Standards of the constituents of the urine and blood and the bearing of the metabolism of Bengalis on the problems of nutrition - Number 34
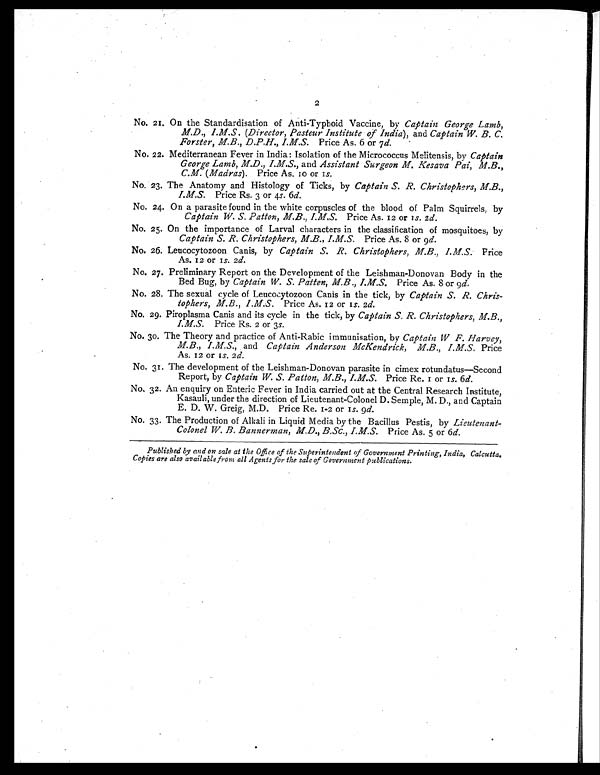
2
No. 21. On the Standardisation of Anti-Typhoid Vaccine, by Captain George Lamb,
M.D., I.M.S. (Director, Pasteur Institute of India), and Captain W. B. C.
Forster, M.B., D.P.H., I.M.S. Price As. 6 or 7 d.
No. 22. Mediterranean Fever in India: Isolation of the Micrococcus Melitensis, by Captain
George Lamb, M.D., I.M.S., and Assistant Surgeon M. Kesava Pai, M.B.,
C.M. (Madras). Price As. 10 or 1s.
No. 23. The Anatomy and Histology of Ticks, by Captain S. R. Christophers, M.B.,
I.M.S. Price Rs. 3 or 4s. 6 d.
No. 24. On a parasite found in the white corpuscles of the blood of Palm Squirrels, by
Captain W. S. Patton, M.B., I.M,S. Price As. 12 or 1s. 2 d.
No. 25. On the importance of Larval characters in the classification of mosquitoes, by
Captain S. R. Christophers, I.M.S. Price As. 8 or 9 d.
No. 26. Leucocytozoon Canis, by Captain S. R. Christophers, M.B., I.M.S. Price
As. 12 or 1s. 2 d.
No. 27. Preliminary Report on the Development of the Leishman-Donovan Body in the
Bed Bug, by Captain W. S. Patten, M.B., I.M.S. Price As. 8 or 9 d.
No. 28. The sexual cycle of Leucocytozoon Canis in the tick, by Captain S. R. Chris-
tophers, M.B., I.M.S. Price As. 12 or 1s. 2 d.
No. 29. Piroplasma Canis and its cycle in the tick, by Captain S. R. Christophers, M.B.,
I.M.S. Price Rs. 2 or 3 s.
No. 30. The Theory and practice of Anti-Rabic immunisation, by Captain W F. Harvey,
M.B., I.M.S., and Captain Anderson McKendrick, M.B,, I.M.S. Price
As. 12 or 1s. 2 d.
No. 31. The development of the Leishman-Donovan parasite in cimex rotundatus—Second
Report, by Captain W. S. Patton, M.B., I.M.S. Price Re, 1 or 1s. 6d.
No. 32. An enquiry on Enteric Fever in India carried out at the Central Research Institute,
Kasauli, under the direction of Lieutenant-Colonel D. Semple, M. D., and Captain
E. D. W. Greig, M.D. Price Re. 1-2 or 1s. 9 d.
No. 33. The Production of Alkali in Liquid Media by the Bacillus Pestis, by Lieutenant-
Colonel W. B. Bannerman, M.D., B.Sc., I.M.S. Price As. 5 or 6 d.
Published by and on sale at the Office of the Superintendent of Government Printing, India, Calcutta,
Copies are also available from all Agents for the sale of Government publications.